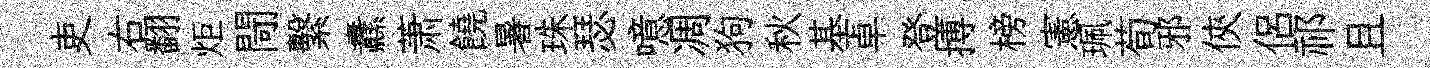
吏右翻炬閜繫纛萧饒暑珠瑟噫凋狗秋基卓登搏榜憲珮荀邪俠侣祁且